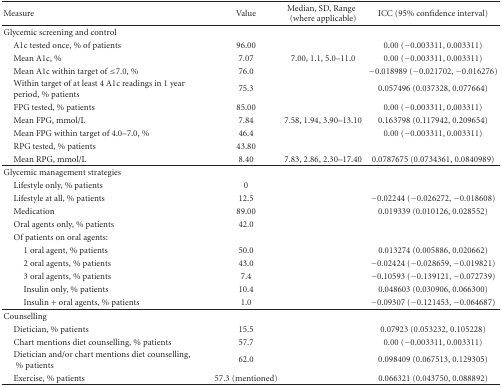
<table><thead><tr><td><b>Measure</b></td><td><b>Value</b></td><td><b>Median, SD, Range (where applicable)</b></td><td><b>ICC (95% confidence interval)</b></td></tr></thead><tbody><tr><td>Glycemic screening and control</td><td></td><td></td><td></td></tr><tr><td> A1c tested once, % of patients</td><td>96.00</td><td></td><td>0.00 (−0.003311, 0.003311)</td></tr><tr><td> Mean A1c, %</td><td>7.07</td><td>7.00, 1.1, 5.0–11.0</td><td>0.00 (−0.003311, 0.003311)</td></tr><tr><td> Mean A1c within target of ≤7.0, %</td><td>76.0</td><td></td><td>−0.018989 (−0.021702, −0.016276)</td></tr><tr><td> Within target of at least 4 A1c readings in 1 year period, % patients</td><td>75.3</td><td></td><td>0.057496 (0.037328, 0.077664)</td></tr><tr><td> FPG tested, % patients</td><td>85.00</td><td></td><td>0.00 (−0.003311, 0.003311)</td></tr><tr><td> Mean FPG, mmol/L</td><td>7.84</td><td>7.58, 1.94, 3.90–13.10</td><td>0.163798 (0.117942, 0.209654)</td></tr><tr><td> Mean FPG within target of 4.0–7.0, %</td><td>46.4</td><td></td><td>0.00 (−0.003311, 0.003311)</td></tr><tr><td> RPG tested, % patients</td><td>43.80</td><td></td><td></td></tr><tr><td> Mean RPG, mmol/L</td><td>8.40</td><td>7.83, 2.86, 2.30–17.40</td><td>0.0787675 (0.0734361, 0.0840989)</td></tr><tr><td>Glycemic management strategies</td><td></td><td></td><td></td></tr><tr><td> Lifestyle only, % patients</td><td>0</td><td></td><td></td></tr><tr><td> Lifestyle at all, % patients</td><td>12.5</td><td></td><td>−0.02244 (−0.026272, −0.018608)</td></tr><tr><td> Medication</td><td>89.00</td><td></td><td>0.019339 (0.010126, 0.028552)</td></tr><tr><td> Oral agents only, % patients</td><td>42.0</td><td></td><td></td></tr><tr><td> Of patients on oral agents:</td><td></td><td></td><td></td></tr><tr><td>1 oral agent, % patients</td><td>50.0</td><td></td><td>0.013274 (0.005886, 0.020662)</td></tr><tr><td>2 oral agents, % patients</td><td>43.0</td><td></td><td>−0.02424 (−0.028659, −0.019821)</td></tr><tr><td>3 oral agents, % patients</td><td>7.4</td><td></td><td>−0.10593 (−0.139121, −0.072739)</td></tr><tr><td>Insulin only, % patients</td><td>10.4</td><td></td><td>0.048603 (0.030906, 0.066300)</td></tr><tr><td>Insulin + oral agents, % patients</td><td>1.0</td><td></td><td>−0.09307 (−0.121453, −0.064687)</td></tr><tr><td>Counselling</td><td></td><td></td><td></td></tr><tr><td> Dietician, % patients</td><td>15.5</td><td></td><td>0.07923 (0.053232, 0.105228)</td></tr><tr><td> Chart mentions diet counselling, % patients</td><td>57.7</td><td></td><td>0.00 (−0.003311, 0.003311)</td></tr><tr><td> Dietician and/or chart mentions diet counselling, % patients</td><td>62.0</td><td></td><td>0.098409 (0.067513, 0.129305)</td></tr><tr><td> Exercise, % patients</td><td>57.3 (mentioned)</td><td></td><td>0.066321 (0.043750, 0.088892)</td></tr></tbody></table>